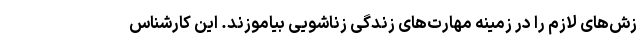
زش‌های لازم را در زمینه مهارت‌های زندگی زناشویی بیاموزند. این کارشناس